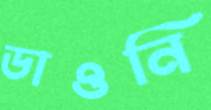
ডাওনি